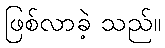
ဖြစ်လာခဲ့ သည်။